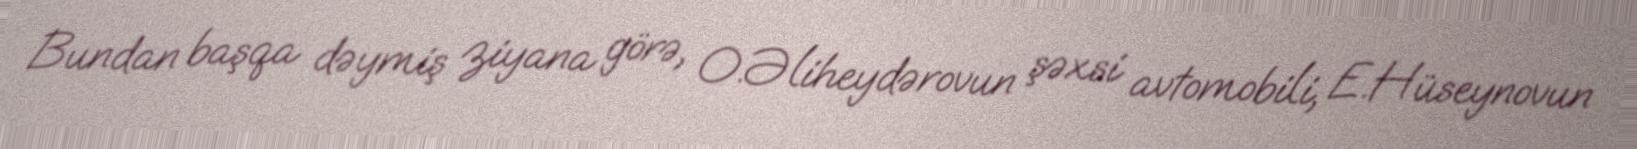
Bundan başqa dəymiş ziyana görə, O.Əliheydərovun şəxsi avtomobili, E.Hüseynovun